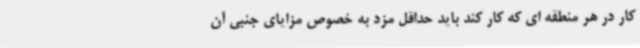
کار در هر منطقه ای که کار کند باید حداقل مزد به خصوص مزایای جنبی آن